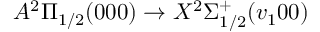
A ^ { 2 } \Pi _ { 1 / 2 } ( 0 0 0 ) \rightarrow X ^ { 2 } \Sigma _ { 1 / 2 } ^ { + } ( v _ { 1 } 0 0 )